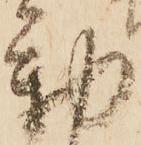
勤